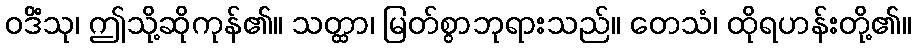
ဝဒိံသု၊ ဤသို့ဆိုကုန်၏။ သတ္ထာ၊ မြတ်စွာဘုရားသည်။ တေသံ၊ ထိုရဟန်းတို့၏။